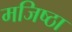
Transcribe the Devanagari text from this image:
मजिष्‍ठा